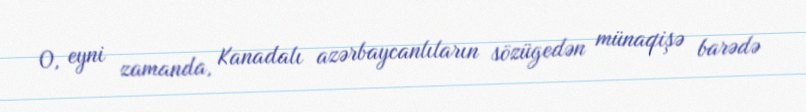
O, eyni zamanda, Kanadalı azərbaycanlıların sözügedən münaqişə barədə